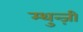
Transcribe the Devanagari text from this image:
म्थुन्ज़ी